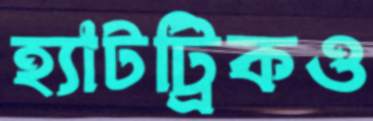
হ্যাটট্রিকও